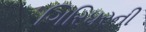
ગિરિધરની